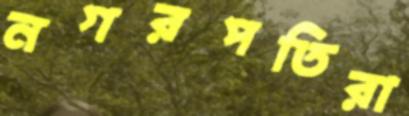
নগরপতিরা